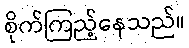
စိုက်ကြည့်နေသည်။